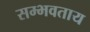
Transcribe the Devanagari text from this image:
सम्भवताय